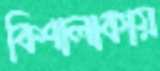
বিশালাকায়